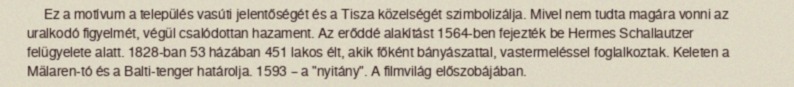
Ez a motívum a település vasúti jelentőségét és a Tisza közelségét szimbolizálja. Mivel nem tudta magára vonni az uralkodó figyelmét, végül csalódottan hazament. Az erőddé alakítást 1564-ben fejezték be Hermes Schallautzer felügyelete alatt. 1828-ban 53 házában 451 lakos élt, akik főként bányászattal, vastermeléssel foglalkoztak. Keleten a Mälaren-tó és a Balti-tenger határolja. 1593 – a "nyitány". A filmvilág előszobájában.